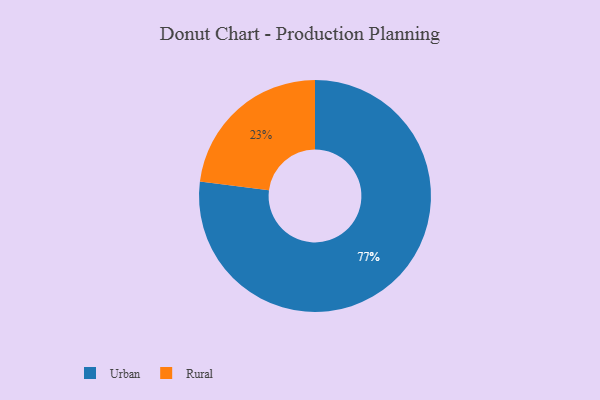
{"axis": {"x": "Category", "y": "Percentage"}, "legend": ["Rural", "Urban"], "data": [{"x": "Rural", "y": 23, "type": "Rural"}, {"x": "Urban", "y": 77, "type": "Urban"}]}